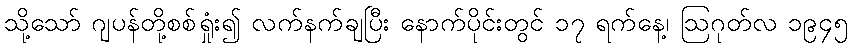
သို့သော် ဂျပန်တို့စစ်ရှုံး၍ လက်နက်ချပြီး နောက်ပိုင်းတွင် ၁၇ ရက်နေ့၊ ဩဂုတ်လ ၁၉၄၅